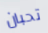
تحبان